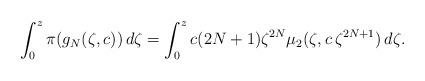
LaTeX: \begin{align*}\int_0^z \pi(g_N(\zeta,c)) \,d\zeta = \int_0^z c (2N+1)\zeta^{2N} \mu_2(\zeta,c\, \zeta^{2N+1})\, d\zeta.\end{align*}